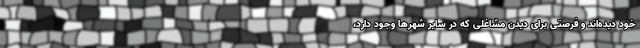
خود دیده‌اند و فرصتی برای دیدن مشاغلی که در سایر شهر‌ها وجود دارد،